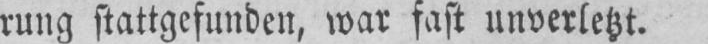
rung stattgefunden, war fast unverletzt.